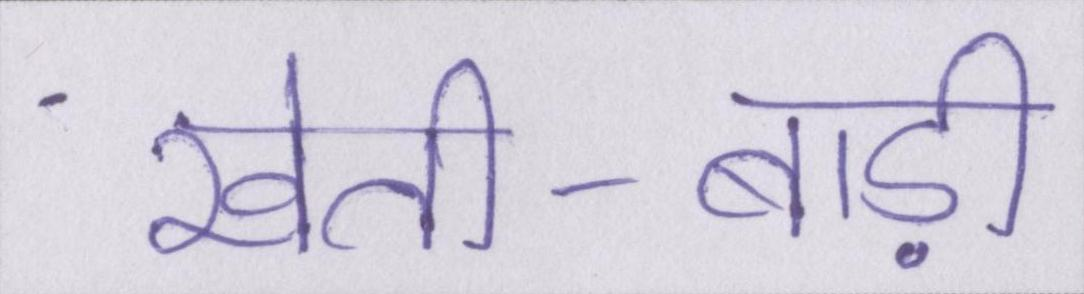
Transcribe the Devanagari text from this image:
खेती-बाड़ी